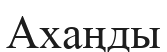
Ахаңды